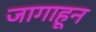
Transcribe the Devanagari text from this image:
जागाहून